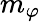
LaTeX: m_{\varphi}